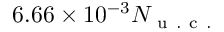
6 . 6 6 \times 1 0 ^ { - 3 } N _ { \mathrm { ~ u ~ . ~ c ~ . ~ } }